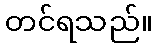
တင်ရသည်။